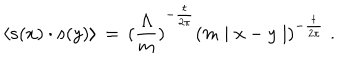
LaTeX: \langle { \bf s } ( x ) \cdot { \bf s } ( y ) \rangle \, = \, { ( \frac { \Lambda } { m } ) } ^ { - \frac { t } { 2 \pi } } { ( m \mid x - y \mid ) } ^ { - \frac { t } { 2 \pi } } \; .